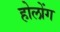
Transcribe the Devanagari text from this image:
होलोंग